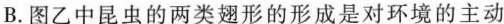
B.图乙中昆虫的两类翅形的形成是对环境的主动